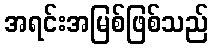
အရင်းအမြစ်ဖြစ်သည်